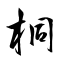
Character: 桐